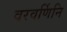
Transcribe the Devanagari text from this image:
वरवर्णिनि